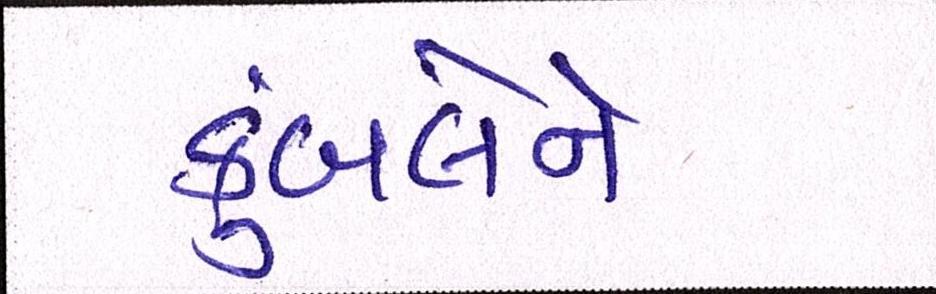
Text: કુંબલેને